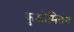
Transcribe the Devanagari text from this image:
कुओमितंग